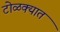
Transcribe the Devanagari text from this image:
टोळक्यात